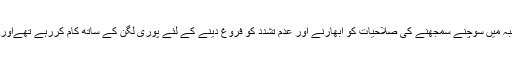
حالانکہ عمار جان کو یونیورسٹی انتظامیہ نے تنخواہ دی ہی نہیں لیکن پھر بھی وہ طلبہ میں سوچنے سمجھنے کی صلاحیات کو ابھارنے اور عدم تشدد کو فروغ دینے کے لئے پوری لگن کے ساتھ کام کررہے تھےاور ان کو یکدم سے نوکری سے نکالنا غیر ذمہ دارانہ اور ذلت آمیز رویے کا اظہار ہے۔